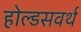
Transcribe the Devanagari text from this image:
होल्डसवर्थ